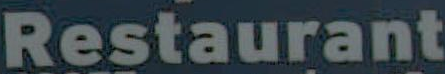
Restaurant